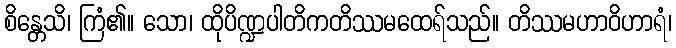
စိန္တေသိ၊ ကြံ၏။ သော၊ ထိုပိဏ္ဍပါတိကတိဿမထေရ်သည်။ တိဿမဟာဝိဟာရံ၊